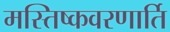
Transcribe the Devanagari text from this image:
मस्तिष्कवरणार्ति